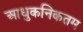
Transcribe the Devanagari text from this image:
आधुकनिकतम